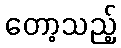
တော့သည့်